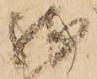
残